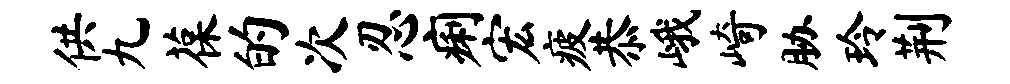
供九葆的次忍痢宏疲恭峨崎胁玲荆